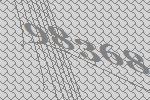
98368